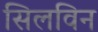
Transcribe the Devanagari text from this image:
सिलविन